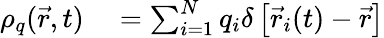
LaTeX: \begin{array}{rl}{\rho_{q}(\vec{r},t)}&{{}=\sum_{i=1}^{N}q_{i}\delta\left[\vec{r}_{i}(t)-\vec{r}\right]}\end{array}